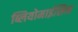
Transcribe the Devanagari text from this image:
ब्लियोमाईसिन